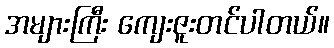
အများကြီး ကျေးဇူးတင်ပါတယ်။